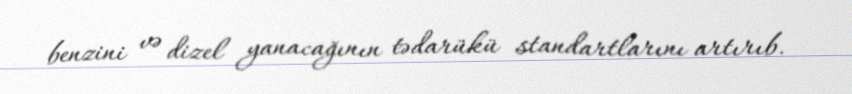
benzini və dizel yanacağının tədarükü standartlarını artırıb.